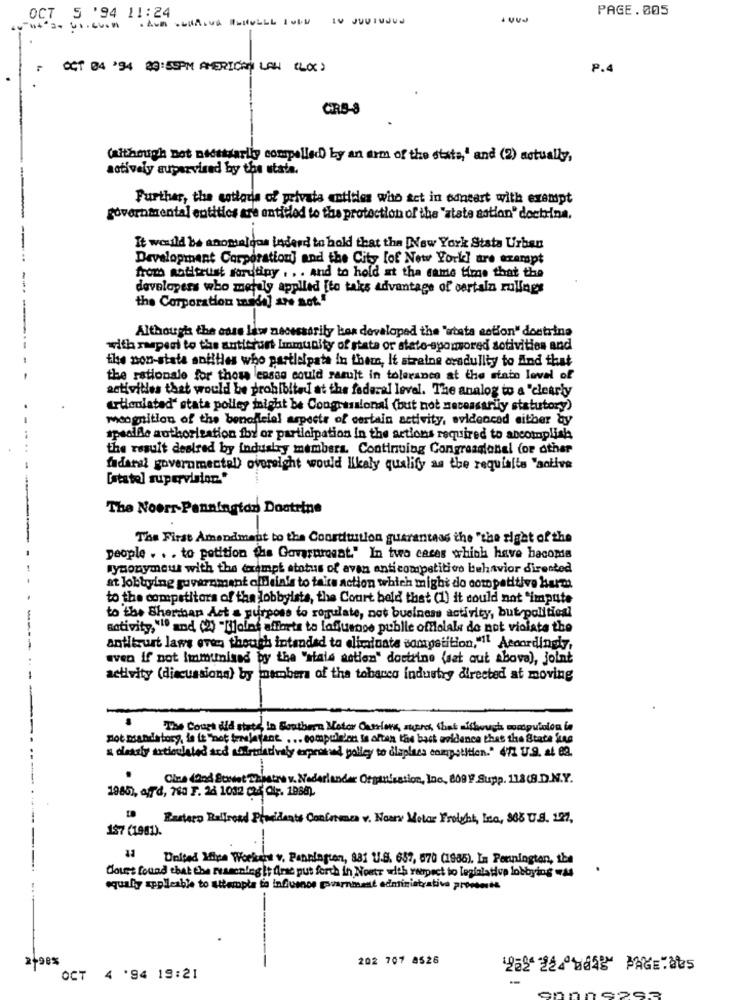
PAGE. 005
OCT 5 '94 11:24
OCT 04 '94 29:55PM AMERICAN LAN (LO)
P.4
CRS-8
(although not necessarily compelled) by an arm of the state,' and (2) actually,
actively supervised by the utata.
Further, the cottoda of privata entities who set in odneart with exempt
governmental entities are entitled to the protection of the "state astion" doctrina.
It would be anostalgos inderd to hold that the New York Stata Urban
Development Corporation] and the City [of New York] are exempt
from notitrust fordtiny . . . and to hold at the same time that the
developers who met ly applied [to take advantage of certain rulings
the Corporation mnade] are not."
---
Although the case law necessarily kas developed the 'stata eotion" doctrina
with respect to the anticrart Immunityy of state or stato-sponsored sotivities and
the non-stata antilles who partielpate in them, It straine oradulity to And that
the rationale for those casse could result in tolerance at the stato level of
activities that would be prohibited at the federal level. The analog to a "clearly
articulated' stata polley might be Congressional (but not necessarily statutory)
mcognition of the benafflelal aspects of certain activity, evidenced either by
ipsalle authorisation fby or participation in the actions required to ancomplinl
the result dealred by industry members. Continuing Congressional for other
fidarsi governmental) overeight would likely qualify as the requisite "active
[stato] supervision."
The Noerr-Pennington Doctrine
The First Amendment to the Constitution guaranteas the "the right of the
people . . . to potition the Govarurocat." In two cases which have become
synonymous with the exempt status of avan anticompetitivo behavior dirented
a lobbying government ofDela's to taite action which might do competitive harms
to the competitors of the lobbyists, the Court bald that (1) it could not "impute
to the Sherman Act a purpose to regulate, not business activity, but political
sotivity, "1º and (2) "Tilolat efforts to laffuenoe publie ofilolale do not violata the
antikurt lame even though intended to eliminate competition,"11 Accordingly,
aven if not Immunised by the "stala action" doctrine (sat out above), joint
activity (discussions) by members of the tobacco industry directed at moving
The Court did state In Southern Motor Carlos, march that although maspulsion is
not mandatory, is it "not traelefant. ... compule'on is altan the back evidence that the State kes
a dessly articulated acd adirtdativaly exproind policy to dlaplass competition." 477 U.S. at 62.
Cine (and Suset Theatre v. Nederlander Organisation, Ino, 809 ! Supp. 118(8.D.N.Y.
1985), Aff'd, 780 F. 24 1032 (24 Cl ;. 1988).
Eastern Ralfroad Presidents Conferenza v. Nous Motor Freight, Inc, 366 US. 121,
197 (1981).
" United Mipe Worken v. Pennington, 881 U.S. 657, 070 (1985), L= Pennington, the
Cloves found that the reasoning it free put forth in Noets with respect to legislation lobbying was
equally applleable to attempta to influence government administrativa proetests
2-90%
202 707 8526
OC₸ 4 '94 19:21